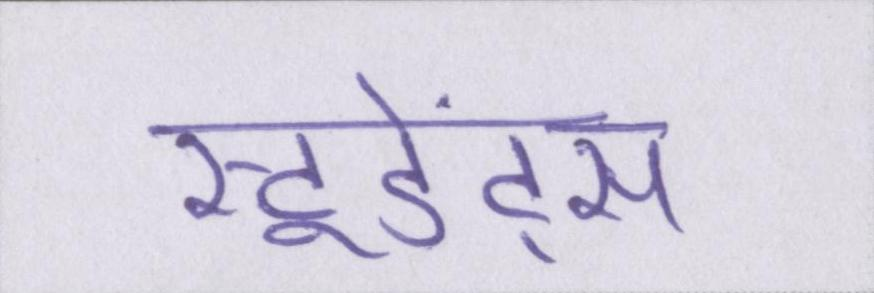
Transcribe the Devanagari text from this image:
स्टूडेंट्स